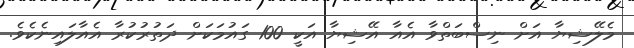
މެލޭޝިޔާ އަށް ނިސްބަތްވާ އެއާ އޭޝިޔާ އަކީ 100 ގައުމަކަށް ދަތުރުކުރާ އެއާލައިނެކެވެ.